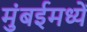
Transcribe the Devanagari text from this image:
मुंबईमध्यें